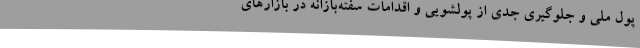
پول ملی و جلوگیری جدی از پولشویی و اقدامات سفته‌بازانه در بازارهای